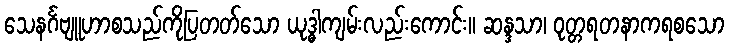
သေနင်္ဂဗျူဟာစသည်ကိုပြတတ်သော ယုဒ္ဓါကျမ်းလည်းကောင်း။ ဆန္ဒသာ၊ ဝုတ္တရတနာကရစသော